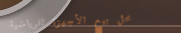
محل بيع الأجهزة الرياضية